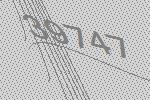
39747